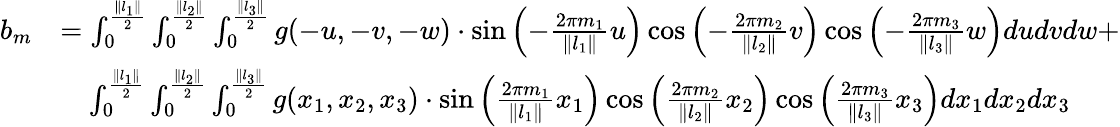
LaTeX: \begin{array}{rl}{b_{m}}&{=\int_{0}^{\frac{\| l_{1}\| }{2}}\int_{0}^{\frac{\| l_{2}\| }{2}}\int_{0}^{\frac{\| l_{3}\| }{2}}g(-u,-v,-w)\cdot\sin{\left(-\frac{2\pi m_{1}}{\| l_{1}\| }u\right)}\cos{\left(-\frac{2\pi m_{2}}{\| l_{2}\| }v\right)}\cos{\left(-\frac{2\pi m_{3}}{\| l_{3}\| }w\right)}dudvdw+}\\ &{\quad\int_{0}^{\frac{\| l_{1}\| }{2}}\int_{0}^{\frac{\| l_{2}\| }{2}}\int_{0}^{\frac{\| l_{3}\| }{2}}g(x_{1},x_{2},x_{3})\cdot\sin{\left(\frac{2\pi m_{1}}{\| l_{1}\| }x_{1}\right)}\cos{\left(\frac{2\pi m_{2}}{\| l_{2}\| }x_{2}\right)}\cos{\left(\frac{2\pi m_{3}}{\| l_{3}\| }x_{3}\right)}dx_{1}dx_{2}dx_{3}}\end{array}